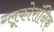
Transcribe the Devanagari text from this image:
ग्लूकोरॉनिक